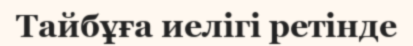
Тайбұға иелігі ретінде